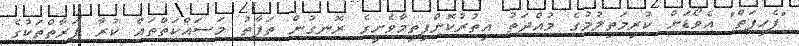
"ފެހިފަތް" އެވޯޑަށް ކުރިމަތިލުމުގެ މުއްދަތު އިތުރުކޮށްފިތިމާވެށީގެ ރޮނގުން ތަފާތު މަސައްކަތްތައް ކުރާ ފަރާތްތަކުގެ